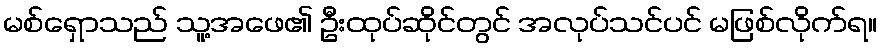
မစ်ရှောသည် သူ့အဖေ၏ ဦးထုပ်ဆိုင်တွင် အလုပ်သင်ပင် မဖြစ်လိုက်ရ။